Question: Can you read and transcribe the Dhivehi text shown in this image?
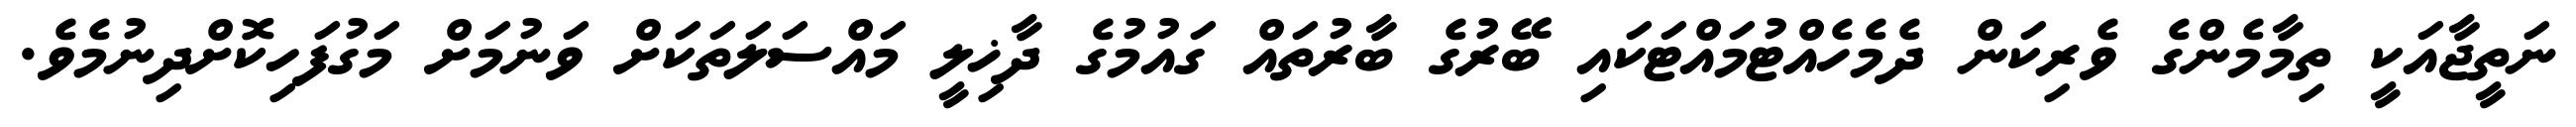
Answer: ނަތީޖާއަކީ ތިމާމެންގެ ވެރިކަން ދެމެހެއްޓުމައްޓަކައި ބޭރުގެ ބާރުތައް ގައުމުގެ ދާޚިލީ މައްސަލަތަކަށް ވަނުމަށް މަގުފަހިކޮށްދިނުމެވެ.